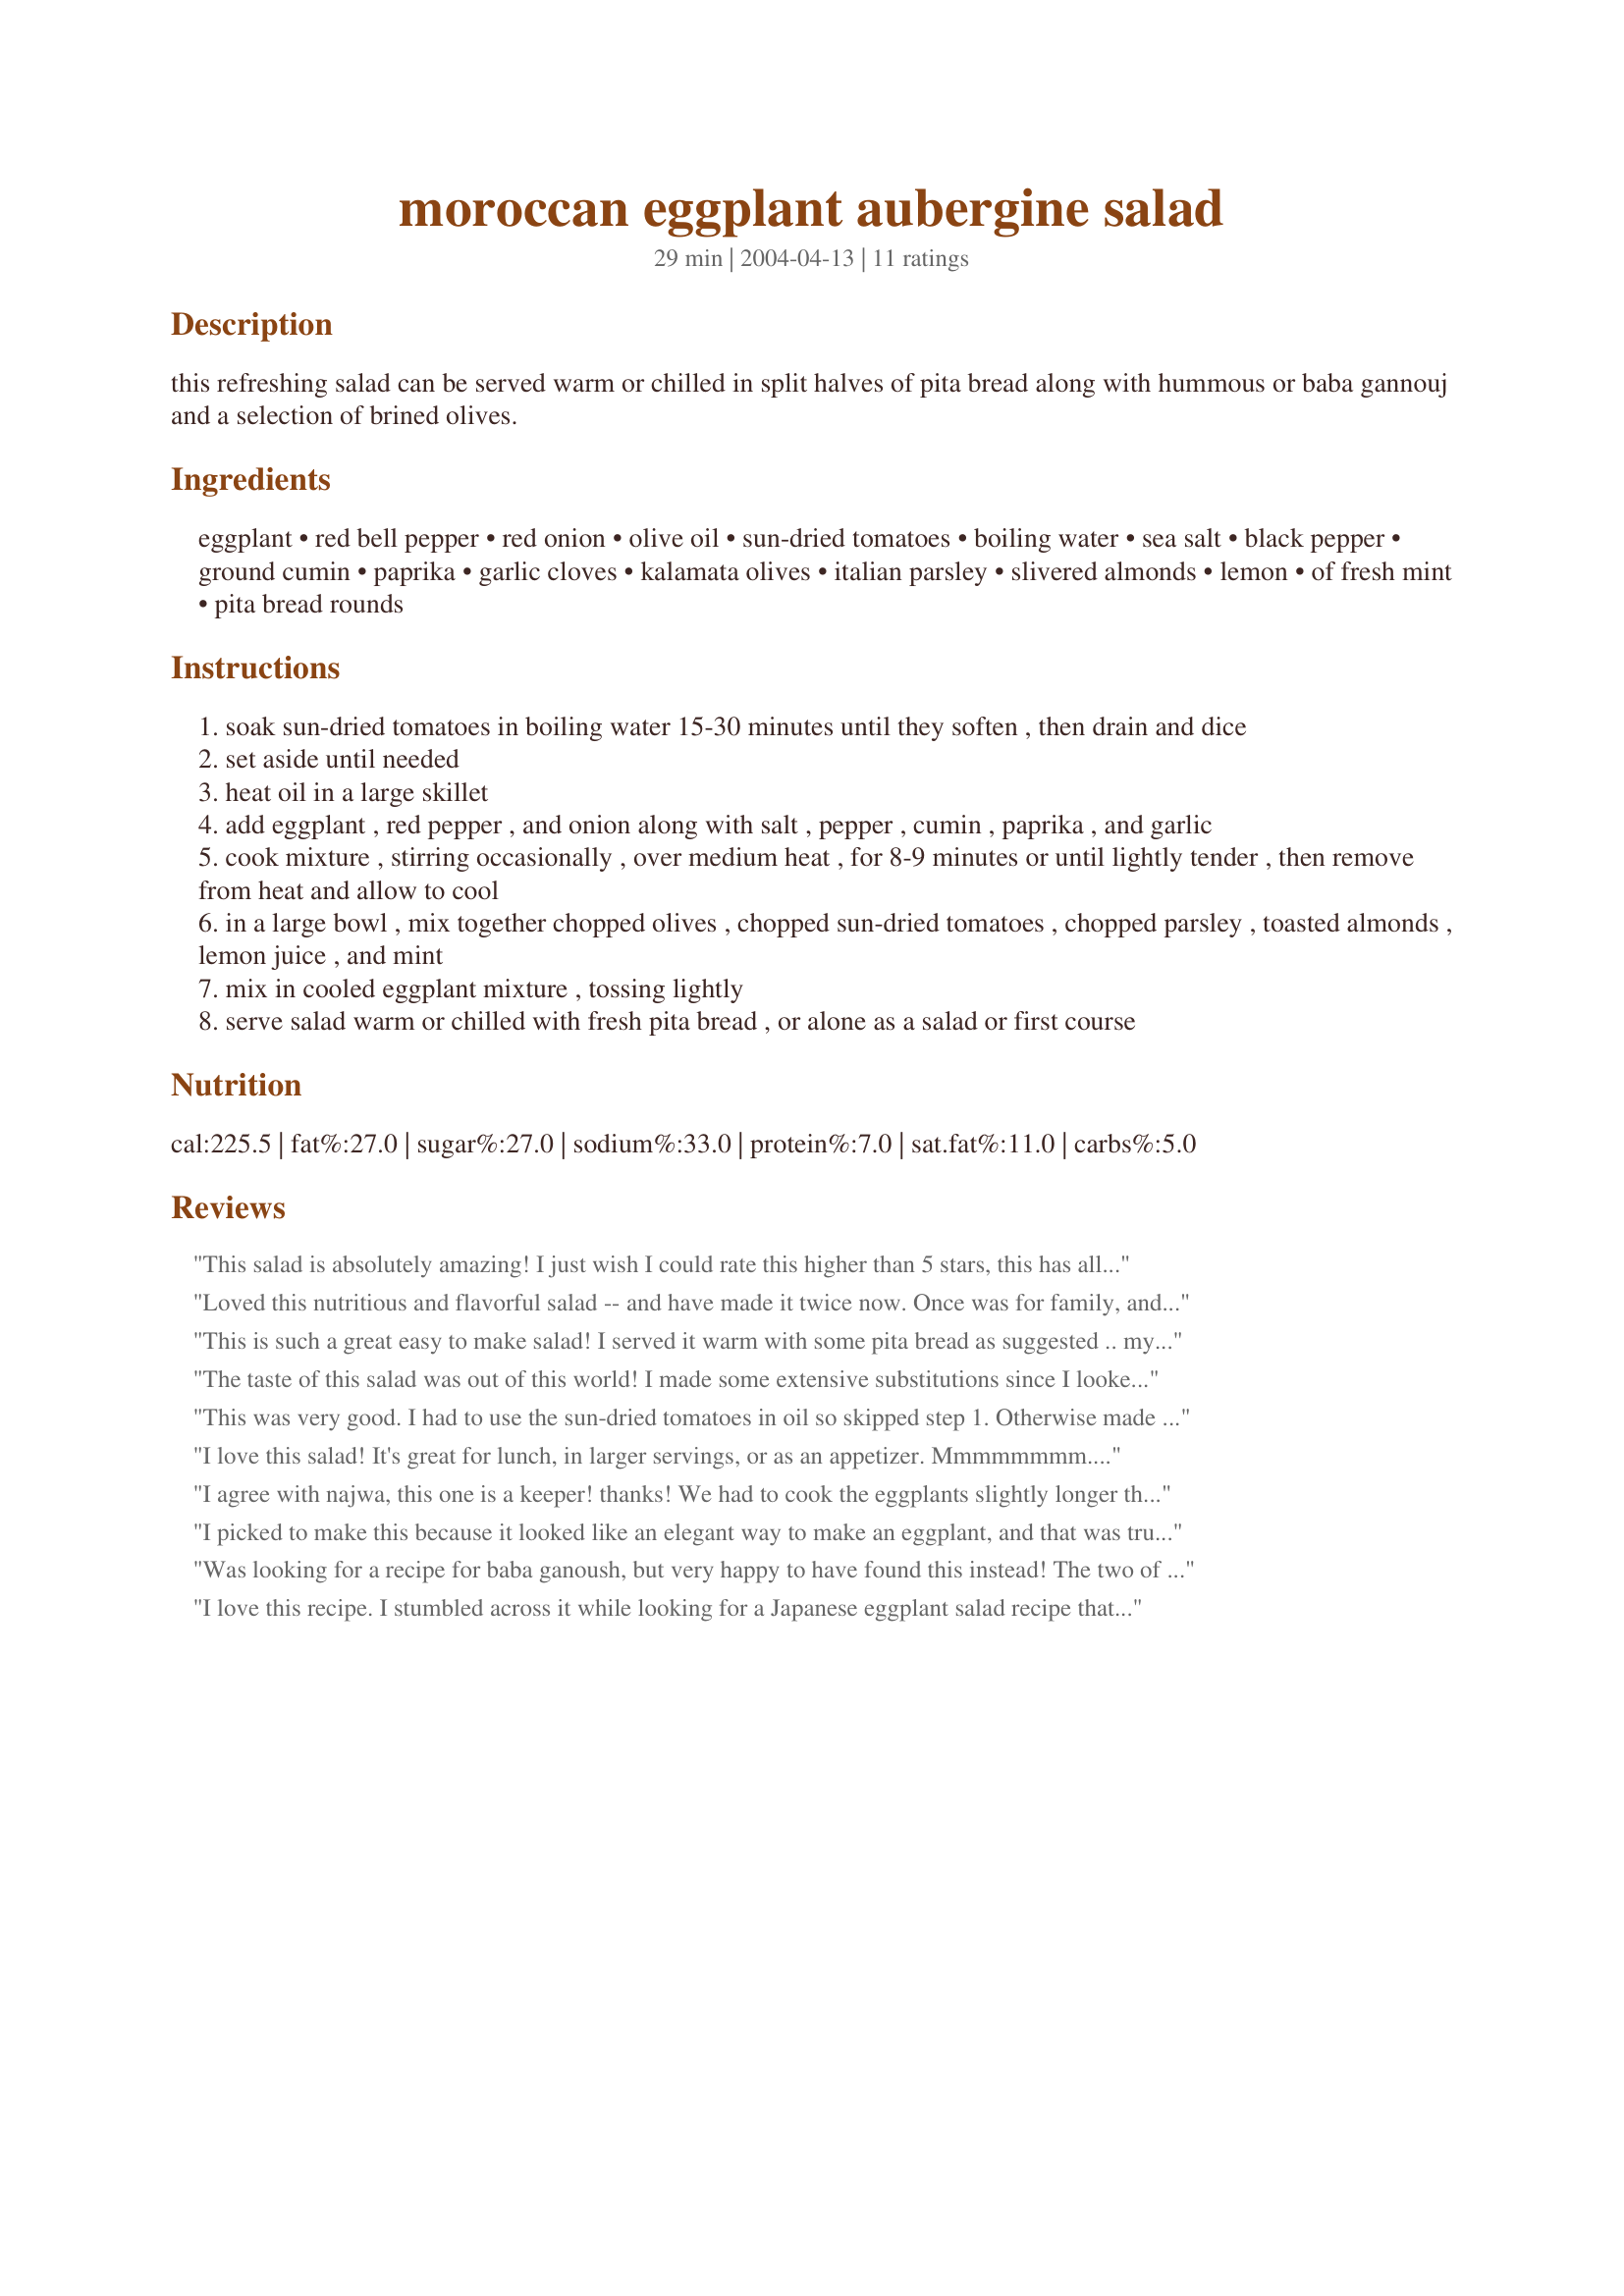
moroccan eggplant aubergine salad
Preparation time: 29 minutes

this refreshing salad can be served warm or chilled in split halves of pita bread along with hummous or baba gannouj and a selection of brined olives.

Ingredients:
eggplant, red bell pepper, red onion, olive oil, sun-dried tomatoes, boiling water, sea salt, black pepper, ground cumin, paprika, garlic cloves, kalamata olives, italian parsley, slivered almonds, lemon, of fresh mint, pita bread rounds

Steps:
soak sun-dried tomatoes in boiling water 15-30 minutes until they soften , then drain and dice
set aside until needed
heat oil in a large skillet
add eggplant , red pepper , and onion along with salt , pepper , cumin , paprika , and garlic
cook mixture , stirring occasionally , over medium heat , for 8-9 minutes or until lightly tender , then remove from heat and allow to cool
in a large bowl , mix together chopped olives , chopped sun-dried tomatoes , chopped parsley , toasted almonds , lemon juice , and mint
mix in cooled eggplant mixture , tossing lightly
serve salad warm or chilled with fresh pita bread , or alone as a salad or first course

Reviews:
This salad is absolutely amazing! I just wish I could rate this higher than 5 stars, this has all of my favorite ingredients that blended so well together, I added in the mint, great recipe Sue, thanks so much!...Kitten:)
Loved this nutritious and flavorful salad -- and have made it twice now. Once was for family, and then today I made it for a potluck/BBQ. It was a hit both times!

I added two items to the mix -- coarsely chopped zucchini to the cooked vegetable mix, and a can of drained garbanzo beans to the uncooked part of the mix. I also used fresh seeded tomatoes rather than dried or oil-packed for a burst of fresh flavor.

I think the spices are perfect just as they are, though the second time I made it, I added a half teaspoon of chili powder to the spice blend. It added just a touch of warmth, and was quite delicious.

This is a keeper recipe, and works well with feta cheese crumbled on top for another layer of salty flavor. Delicious!
This is such a great easy to make salad! I served it warm with some pita bread as suggested .. my husband loved it! The only thing I did differently was that I used much less oil to sauté the vegetables .. thanks this one is a keeper!!
The taste of this salad was out of this world!
I made some extensive substitutions since I looked up the recipe at the last minute: green bell pepper for red, white onion for red, oil packed tomatoes for dried, regular salt for sea (used 1/2 tsp.), black olives for green, no almonds, no mint. I'm sure the original is even better, but even with substitutions, it was a five-star way to use the rest of an eggplant.
I will note that the children did not like the look of it and would not eat it. Usually this takes the recipe down to a four star, but I figured I wasn't making it for them anyway! Thanks Sue!
This was very good. I had to use the sun-dried tomatoes in oil so skipped step 1. Otherwise made no major changes - I used sliced red onion not chopped, half kalamata and half green olives, pine nuts instead of almonds, and just one lemon (it was very juicy - I probably could have used less than one). I did use the optional mint. Served with steaks and baked potatoes for Father's Day lunch and the family all enjoyed it. Thanks for sharing!
I love this salad! It's great for lunch, in larger servings, or as an appetizer. Mmmmmmmm....
I agree with najwa, this one is a keeper! thanks! We had to cook the eggplants slightly longer than suggested, and used lots of mint, which I grow on my balcony. We enjoyed the salad this evening at the lake. Excellent. Thanks.
I picked to make this because it looked like an elegant way to make an eggplant, and that was true. The flavors are so complementary to each other, really creative. I made it as written, but no mint. Used 1.5 lemons, but probably should have used the other half also. I had special guests today, and this really fit the bill. Thanks, this will definitely be on my list to make when guests come over from now on. Step 3 did take considerable longer than 8 min, maybe 15.
Was looking for a recipe for baba ganoush, but very happy to have found this instead! The two of us had it tonight with salad leaves, smoked meat & cheese, but fortunately there's enough left to have with falafels & tahini sauce tomorrow! (Only nuts in the cupboard were walnuts which I can recommend!) Many thanks for an excellent recipe!
I love this recipe. I stumbled across it while looking for a Japanese eggplant salad recipe that I misplaced. However, this one was a wonderful blend of flavors - mint included. Thanks for posting.
Yum! Really delicious, and great new way to use eggplant. I left out the bell pepper and used oil-packed tomatoes, but still delicious. Next time I think I'll cut the salt back a bit and cut the eggplant down into smaller cubes. Thanks for a treat!
UPDATE - a year later: I just made this again with some more changes -- I reduced the salt, omitted the paprika, used diced cucumbers in lieu of parsley, white onion instead of red, and pine nuts. Served with lettuce in a whole wheat pita pocket -- FABULOUS!
